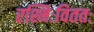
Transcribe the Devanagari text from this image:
रश्मिःविततः